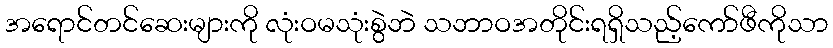
အရောင်တင်ဆေးများကို လုံးဝမသုံးစွဲဘဲ သဘာဝအတိုင်းရရှိသည့်ကော်ဖီကိုသာ